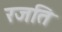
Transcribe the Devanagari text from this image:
रजति